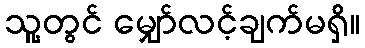
သူ့တွင် မျှော်လင့်ချက်မရှိ။